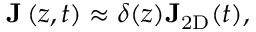
{ \bf J } \left( z , t \right) \approx \delta ( z ) { \bf J } _ { \mathrm { 2 D } } ( t ) ,